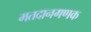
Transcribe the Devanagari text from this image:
मतदानगणक